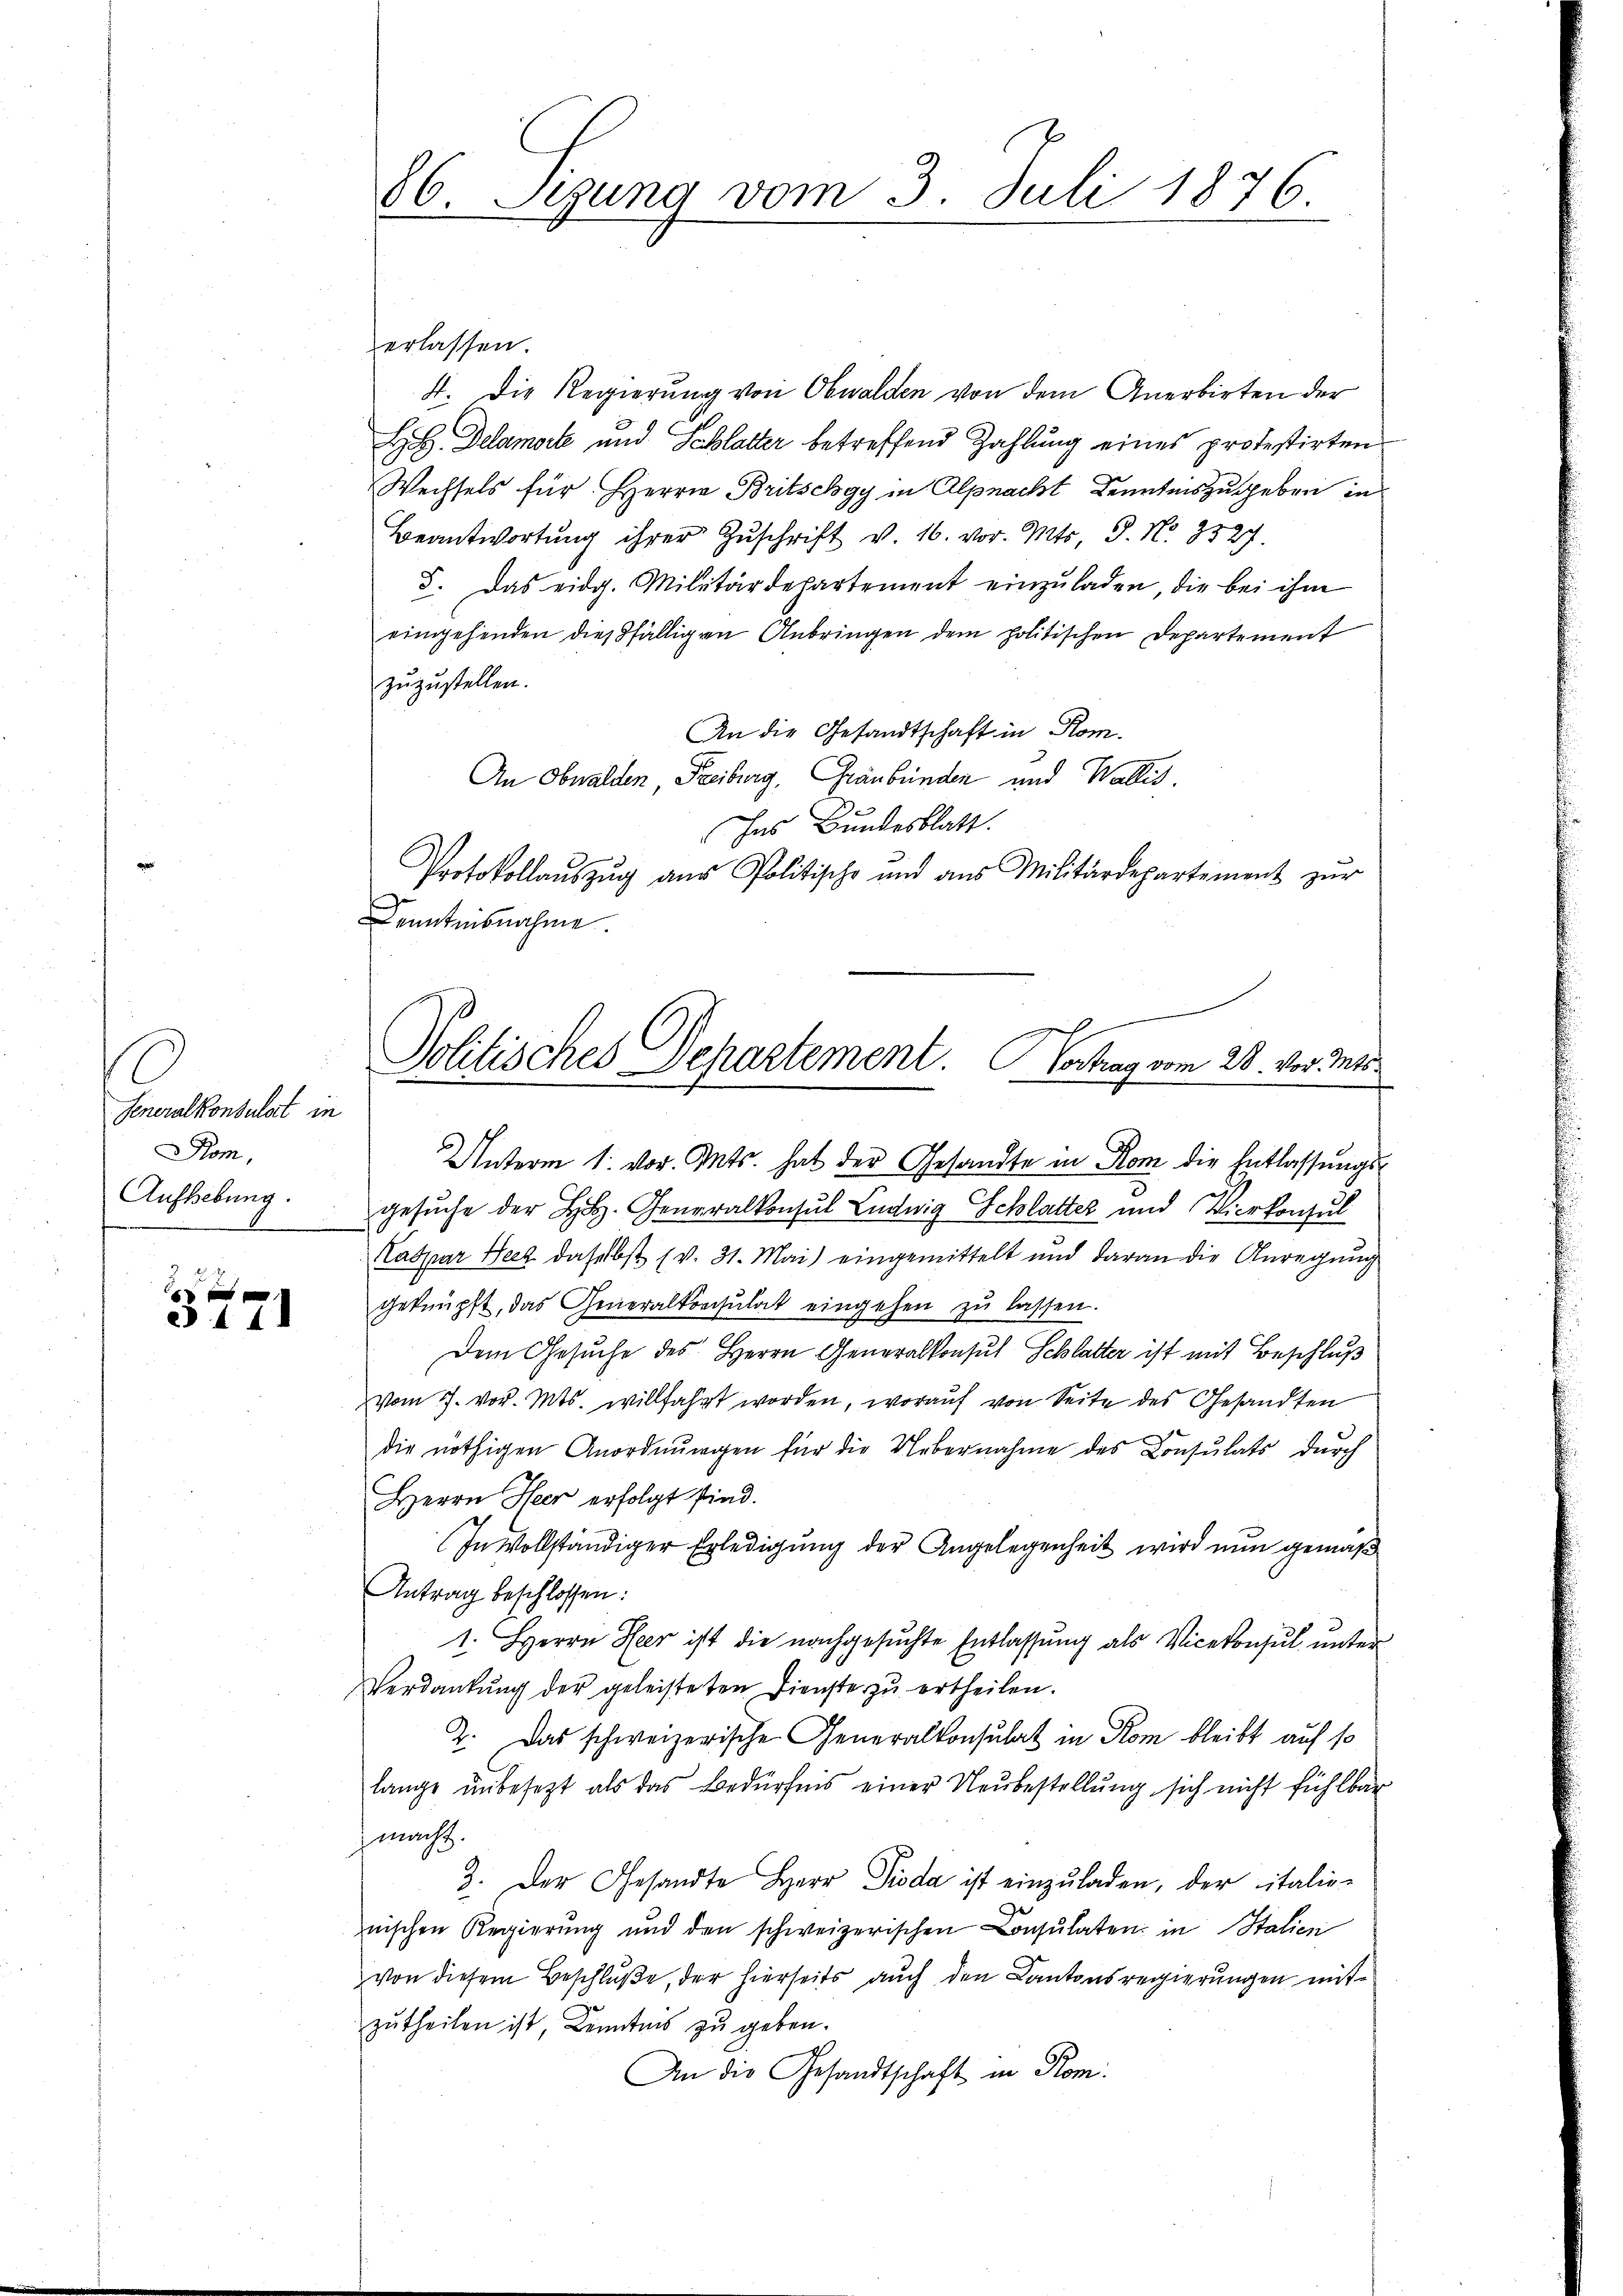
Generalkonsulat in
Rom,
Aufhebung.

44

erlassen.
4. Die Regierung von Obwalden von dem Anerbirten der
H Delamorte und Schlatter betreffend Zahlung eines protestirten
Wechsels für Herrn Britschgy in Alpnacht Kenntnis zugeben in
Beantwortung ihrer Zŭschrift v. 16. vor. Mts. S. N. 8527.
8. Das eidg. Militärdepartement einzŭladen, die bei ihm
eingehenden dießfälligen Anbringen dem politischen Departement
zuzustellen.
An die Gesandtschaft in Rom.
An Obwalden Freiburg, Graubünden und Wallis.
Ins Bundesblatt.
Protokollaŭszŭg aŭs Politische und aus Militärdepartement zur
Kenntnisnahme

86. Sezung vom 3. Juli 1876

Politisches Departement. Vortrag vom 28. vor. Mts.

Unterm 1. vor. Mts. hat der Gesandte in Rom die Entlassungsgesŭche der L. Generalkonsul Ludwig Schlattes und Vicekonsul
Caspar Herz daselbst (v. 31. Mai) eingemittelt und daran die Anregung
geknüpft, das Generalkonsulat eingehen zŭ lassen.
Dem Gesuche des Herrn Generalkonsul Schlatter ist mit Beschluß
vom 7. vor. Mts. willfahrt worden, worauf von Seite des Gesandten
die nöthigen Anordnŭngen für die Uebernahme des Consulats dŭrch
Herrn Heer erfolgt sind.
In Vollständiger Erledigŭng der Angelegenheit wird nun gemäß
Antrag beschlossen:
1. Herrn Heer ist die nachgesuchte Entlassung als Vicekonsul, unter
Verdankŭng der geleisteten Dienste zŭ ertheilen.
2. Das schweizerische Generalkonsulat in Rom bleibt auf so
lange unbesezt als das Bedürfnis einer Neubestellung sich nicht fühlbar
macht.
3. Der Gesandte Herr Pioda ist einzŭladen, der italie-
nischen Regierŭng und den schweizerischen Consulaten in Italien
von diesem Beschluße, der hierseits auch den Cantonsregierungen mitzutheilen ist Kenntnis zu geben.
An die Gesandtschaft in Kom¬